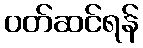
ဝတ်ဆင်ရန်